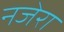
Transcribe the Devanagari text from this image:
नजेरा